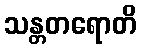
သန္တတရောတိ